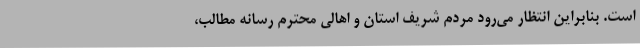
است. بنابراین انتظار می‌رود مردم شریف استان و اهالی محترم رسانه مطالب،